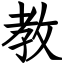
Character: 教